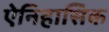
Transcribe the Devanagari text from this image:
ऐनिहासिक